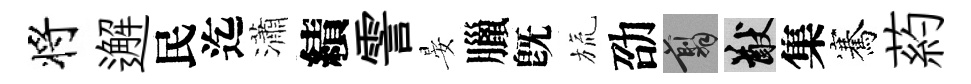
将邂民迄瀟績霅晏臘旣旒劭翦猷集騫葯